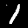
Digit: 1